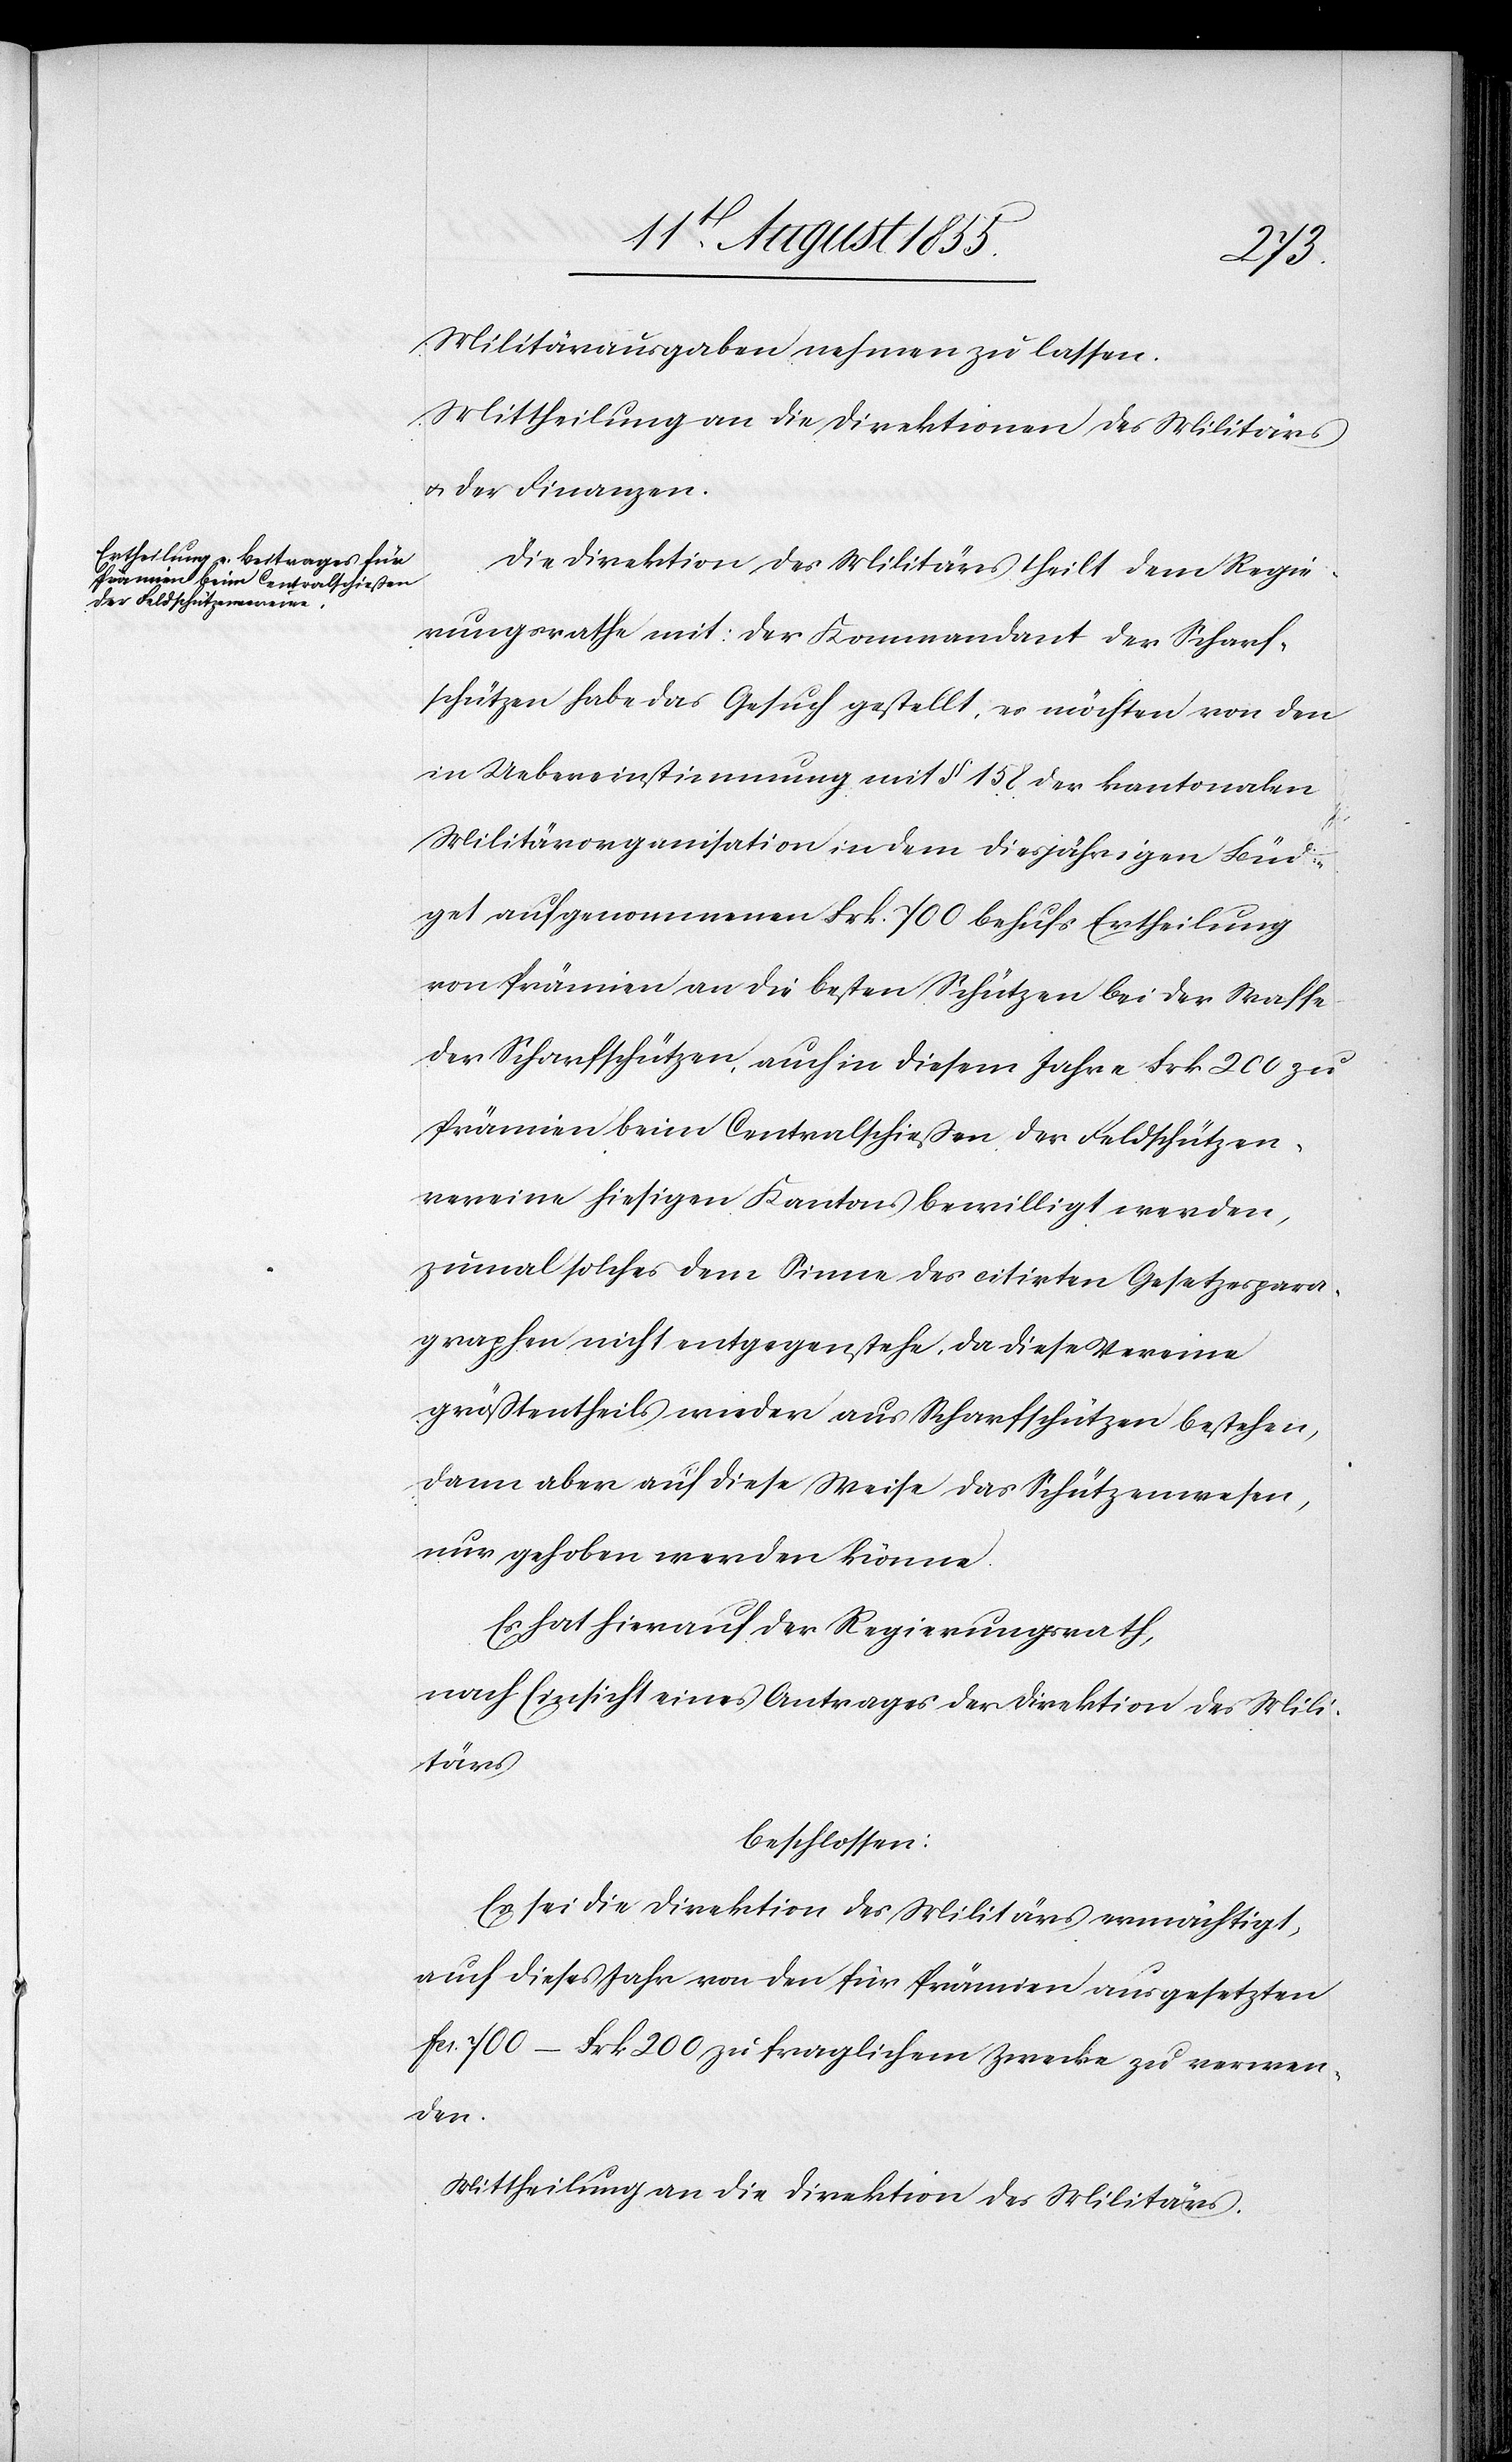
Militärausgaben nehmen zu lassen.
Mittheilung an die Direktionen des Militärs
& der Finanzen.
Die Direktion des Militärs theilt dem Regie¬
rungsrathe mit: Der Kommandant der Scharf¬
schützen habe das Gesuch gestellt, es möchten von den
in Uebereinstimmung mit § 158 der kantonalen
Militärorganisation in dem diesjährigen Büd¬
get aufgenommenen Frk. 700 behufs Ertheilung
von Prämien an die besten Schützen bei der Waffe
der Scharfschützen, auch in diesem Jahre Frk. 200 zu
Prämien beim Centralschießen der Feldschützen¬
vereine hiesigen Kantons bewilligt werden,
zumal solches dem Sinne des citirten Gesetzespara¬
graphen nicht entgegenstehe, da diese Vereine
größtentheils wieder aus Scharfschützen bestehen,
dann aber auf diese Weise das Schützenwesen,
nur gehoben werden könne.
Es hat hierauf der Regierungsrath,
nach Einsicht eines Antrages der Direktion des Mili¬
tärs
beschlossen:
Es sei die Direktion des Militärs ermächtigt,
auch dieses Jahr von den für Prämien ausgesetzten
Fcs. 700 – Frk 200 zu fraglichem Zwecke zu verwen¬
den.
Mittheilung an die Direktion des Militärs.